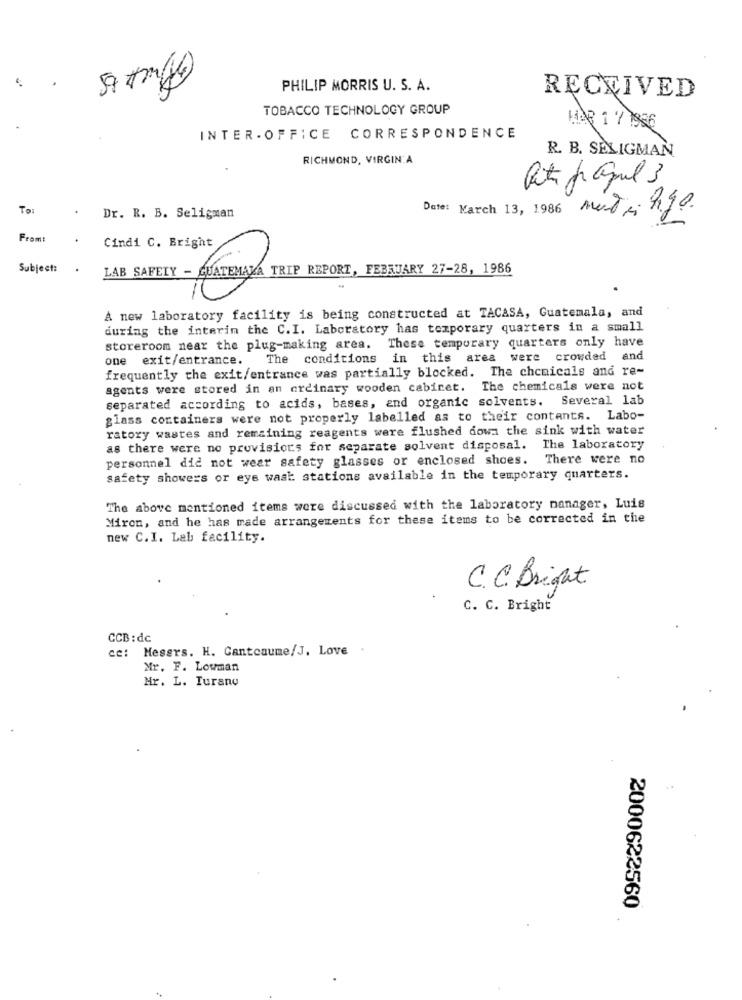
.
PHILIP MORRIS U. S. A.
RECEIVED
TOBACCO TECHNOLOGY GROUP
HAR 1 7 1986
INTER - OFFICE CORRESPONDENCE
RICHMOND, VIRGIN A
R. B. SELIGMAN
TO:
Date: March 13, 1986 Month Ago.
Dr. R. B. Seligman
Fromt
Cindi C. Bright
Subject:
LAB SAFETY - GUATEMALA TRIP REPORT, FEBRUARY 27-28, 1986
A new laboratory facility is being constructed at TACASA, Guatemala, and
during the interin the C. I. Laboratory has temporary quarters in a small
storeroom near the plug-making area. These temporary quarters only have
one exit/entrance.
The conditions in this area were crowded and
frequently the exit/entrance was partially blocked. The chemicals and re-
agents were stored in an ordinary wooden cabinet. The chemicals were not
separated according to acids, bases, and organic solvents. Several lab
glass containers were not properly labelled as to their contents. Labo-
ratory wastes and remaining reagents were flushed down the sink with water
as there were no provisions for separate solvent disposal. The laboratory
personnel did not wear safety glasses or enclosed shoes. There were no
safety showers or eye wast stations available in the temporary quarters.
The above mentioned items were discussed with the laboratory manager, Luis
Miron, and he has made arrangements for these items to be corrected in the
new C. I. Lab facility.
C. C. Bright
C. C. Bright
CCB : dc
Cc: Mesers. H. Cantcaume/J. Love
Mr. F. Lowman
Mr. L. Turano
2000622560